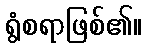
ရွံစရာဖြစ်၏။